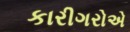
કારીગરોએ